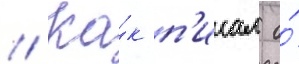
// Ка́к п'исал о́